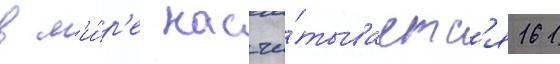
в м'и́р'е насчи́тываетс'я 161